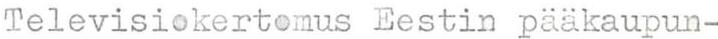
Televisiokertomus Eestin pääkaupun-